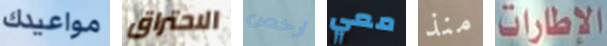
مواعيدك الاحتراق أرخص معي منذ الإطارات